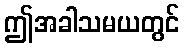
ဤအခါသမယတွင်